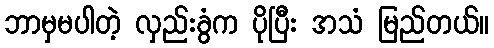
ဘာမှမပါတဲ့ လှည်းခွံက ပိုပြီး အသံ မြည်တယ်။